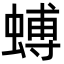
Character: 䗚